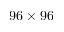
9 6 \times 9 6